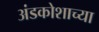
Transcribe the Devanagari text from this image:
अंडकोशाच्या